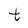
Character: t